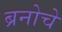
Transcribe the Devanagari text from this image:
ब्रनोचे